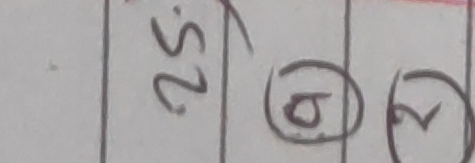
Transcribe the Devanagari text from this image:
2.  5 6  २